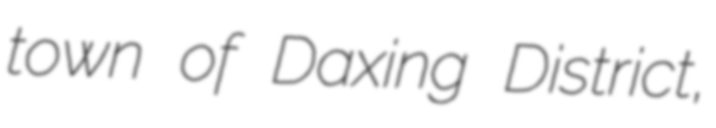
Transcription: town of Daxing District,